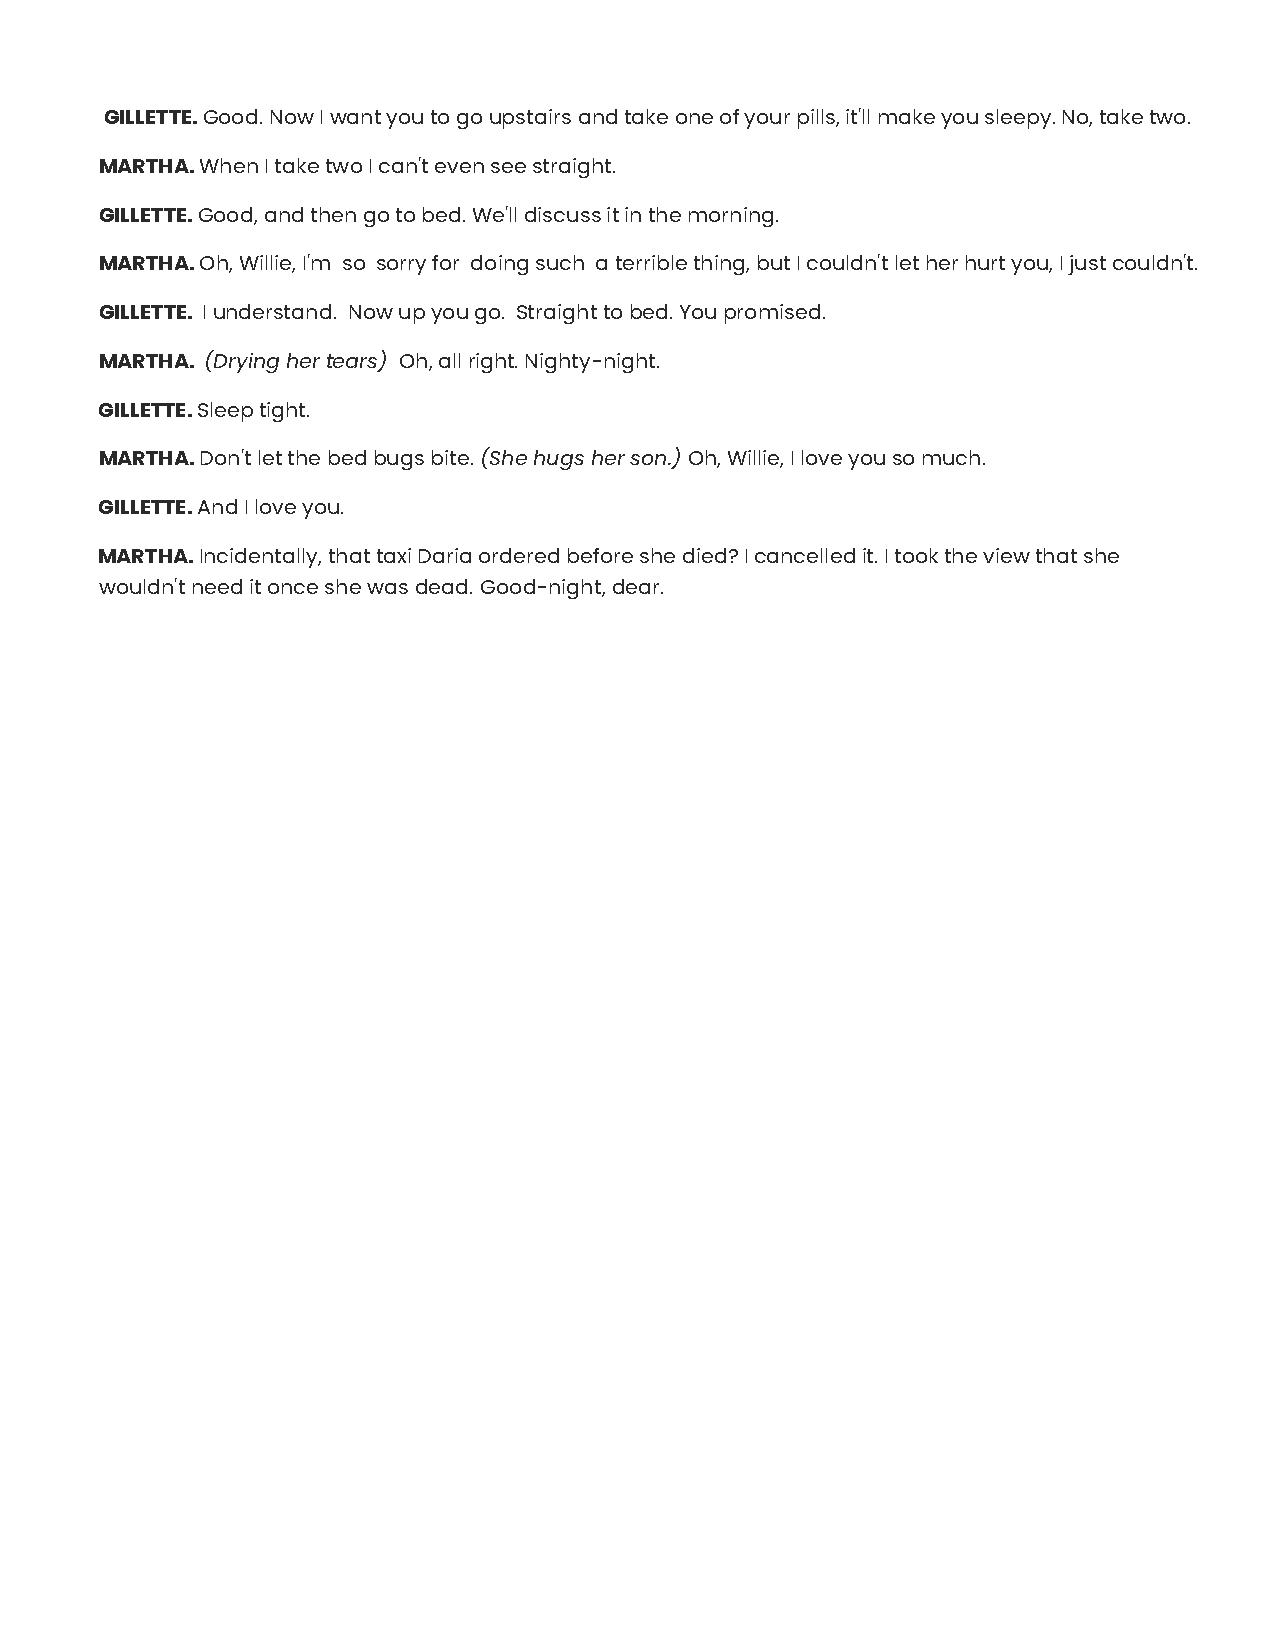
GILLETTE. Good. Now I want you to go upstairs and take one of your pills, it'll make you sleepy. No, take two.
 MARTHA. When I take two I can't even see straight.
 GILLETTE. Good, and then go to bed. We'll discuss it in the morning.
 MARTHA. Oh, Willie, I'm so sorry for doing such a terrible thing, but I couldn't let her hurt you, I just couldn't.
 GILLETTE. I understand. Now up you go. Straight to bed. You promised.
 MARTHA. (Drying her tears) Oh, all right. Nighty-night.
 GILLETTE. Sleep tight.
 MARTHA. Don't let the bed bugs bite. (She hugs her son.) Oh, Willie, I love you so much.
 GILLETTE. And I love you.
 MARTHA. Incidentally, that taxi Daria ordered before she died? I cancelled it. I took the view that she
 wouldn't need it once she was dead. Good-night, dear.